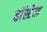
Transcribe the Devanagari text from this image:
हॉस्टेल